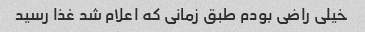
خیلی راضی بودم طبق زمانی که اعلام شد غذا رسید